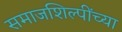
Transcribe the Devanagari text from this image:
समाजशिल्पींच्या